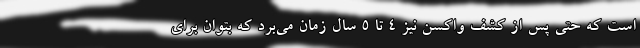
است که حتی پس از کشف واکسن نیز ۴ تا ۵ سال زمان می‌برد که بتوان برای